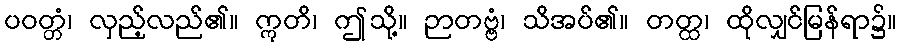
ပဝတ္တံ၊ လှည့်လည်၏။ ဣတိ၊ ဤသို့။ ဉာတဗ္ဗံ၊ သိအပ်၏။ တတ္ထ၊ ထိုလျှင်မြန်ရာ၌။